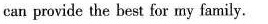
can provide the best for my family.